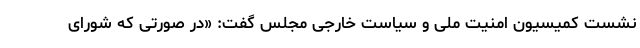
نشست کمیسیون امنیت ملی و سیاست خارجی مجلس گفت: «در صورتی که شورای